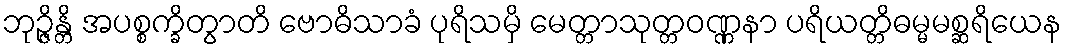
ဘုဉ္ဇိန္တိ အပစ္စက္ခိတွာတိ ဗောဓိသာခံ ပုရိသမှိ မေတ္တာသုတ္တဝဏ္ဏနာ ပရိယတ္တိဓမ္မမစ္ဆရိယေန